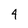
Character: 4